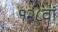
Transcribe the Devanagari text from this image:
१२८वां